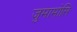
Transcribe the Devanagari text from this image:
जुमामोसि